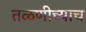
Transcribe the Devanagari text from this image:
तळणीच्याच